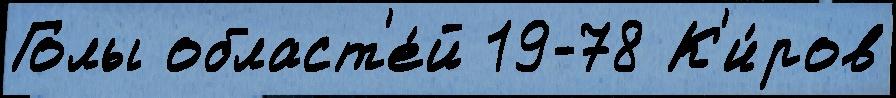
Голы област'е́й 19-78 К'и́ров